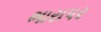
ભારાપર